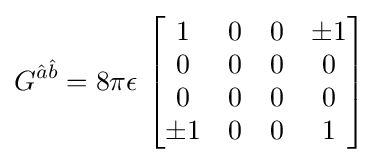
G^{{\hat {a}}{\hat {b}}}=8\pi \epsilon \,\left[{\begin{matrix}1&0&0&\pm 1\\0&0&0&0\\0&0&0&0\\\pm 1&0&0&1\end{matrix}}\right]